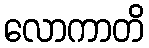
လောကာတိ